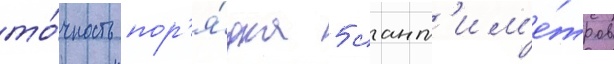
то́чность пор'я́дка 5 сант'им'е́тров